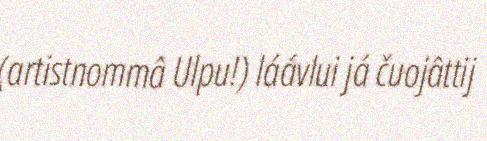
(artistnommâ Ulpu!) láávlui já čuojâttij